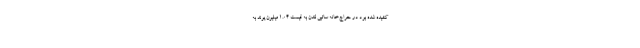
کشیده شده بود در حراج‌خانه ساتبی لندن به قیمت 1.04 میلیون پوند به